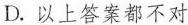
D.以上答案都不对